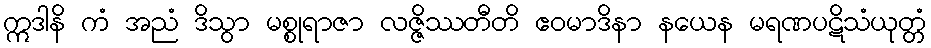
ဣဒါနိ ကံ အညံ ဒိသွာ မစ္စုရာဇာ လဇ္ဇိဿတီတိ ဧဝမာဒိနာ နယေန မရဏပဋိသံယုတ္တံ